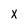
Character: X